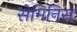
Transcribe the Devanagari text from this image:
सेमिनिस